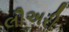
લૌઅરી